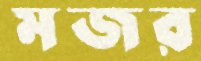
মজর